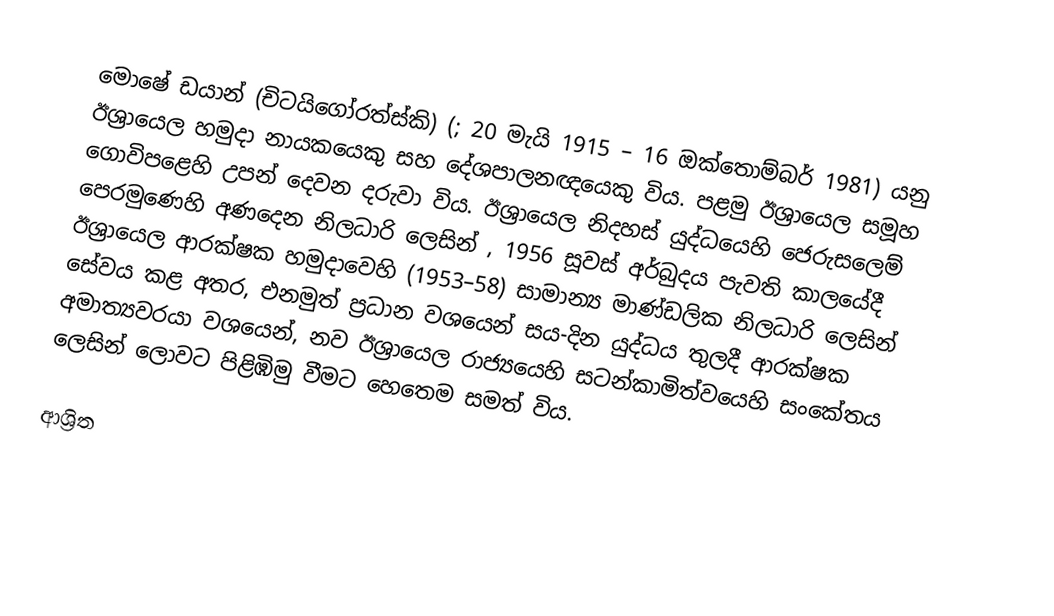
මොෂේ ඩයාන් (චිටයිගෝරත්ස්කි) (; 20 මැයි 1915 – 16 ඔක්තොම්බර් 1981) යනු   ඊශ්‍රායෙල හමුදා නායකයෙකු සහ දේශපාලනඥයෙකු විය. පළමු  ඊශ්‍රායෙල සමූහ ගොවිපළෙහි උපන් දෙවන දරුවා විය.   ඊශ්‍රායෙල නිදහස් යුද්ධයෙහි ජෙරුසලෙම් පෙරමුණෙහි අණදෙන නිලධාරි ලෙසින් , 1956 සූවස් අර්බුදය පැවති කාලයේදී   ඊශ්‍රායෙල ආරක්ෂක හමුදාවෙහි (1953–58)  සාමාන්‍ය මාණ්ඩලික නිලධාරි ලෙසින් සේවය කළ අතර, එනමුත් ප්‍රධාන වශයෙන් සය-දින යුද්ධය තුලදී ආරක්ෂක අමාත්‍යවරයා වශයෙන්, නව ඊශ්‍රායෙල රාජ්‍යයෙහි සටන්කාමිත්වයෙහි සංකේතය ලෙසින් ලොවට පිළිඹිමු වීමට හෙතෙම සමත් විය.

ආශ්‍රිත